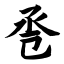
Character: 卺